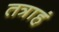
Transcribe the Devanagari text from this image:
तत्राहं